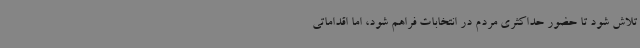
تلاش شود تا حضور حداکثری مردم در انتخابات فراهم شود، اما اقداماتی